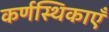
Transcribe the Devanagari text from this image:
कर्णस्थिकाएँ